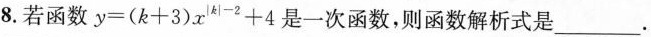
8.若函数$$ y = (k + 3) x_{\left |k \right | - 2} + 4 $$是一次函数，则函数解析式是___.